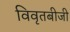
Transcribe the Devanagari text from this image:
विवृतबीजी